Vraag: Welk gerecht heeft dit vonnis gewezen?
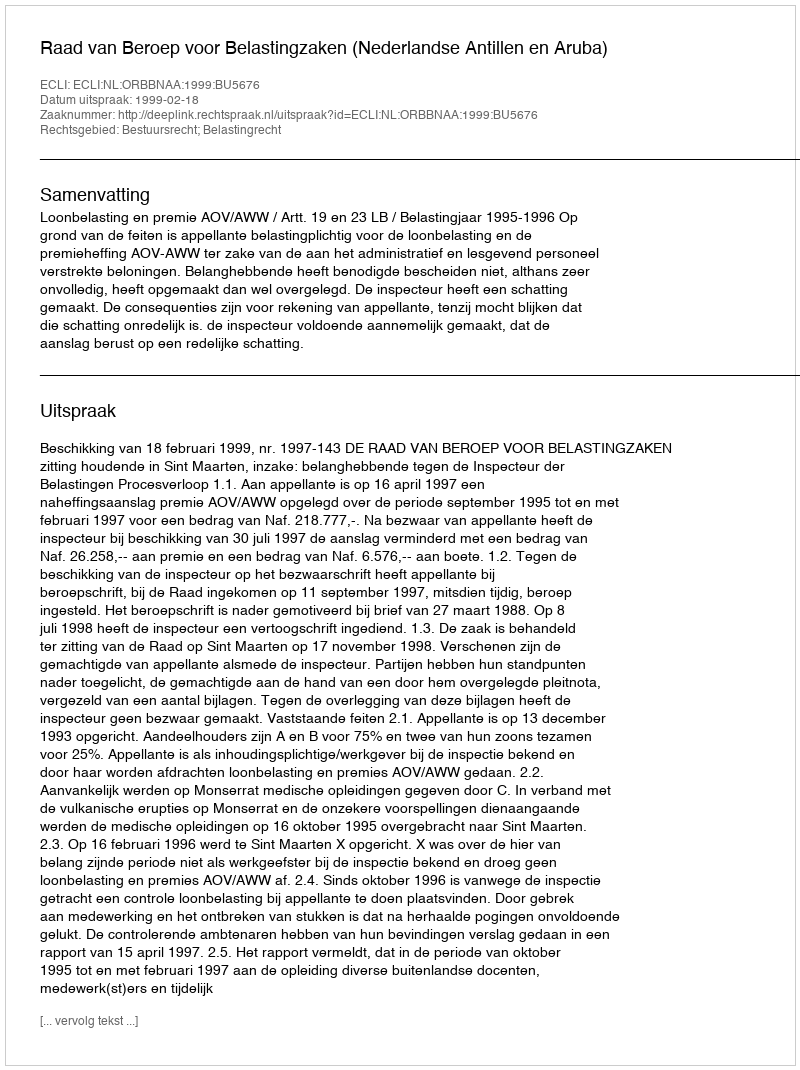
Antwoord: Raad van Beroep voor Belastingzaken (Nederlandse Antillen en Aruba)